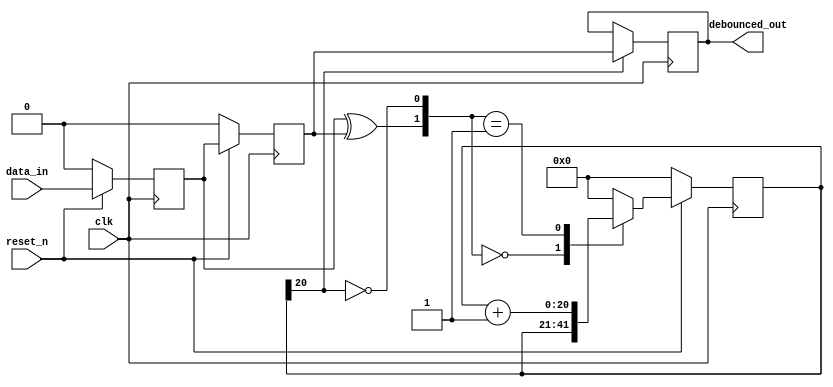
module  debouncer # (
	parameter C_CLK_PERIOD_NS = 10,
	parameter C_DEBOUNCE_TIME_MSEC = 20
	
	) 
	(
	input clk, reset_n, data_in,				// inputs
	output reg 	debounced_out						// output
	);
 
    function integer clogb2;
        input [31:0] value;
        begin
            value = value - 1;
            for (clogb2 = 0; value > 0; clogb2 = clogb2 + 1) begin
                value = value >> 1;
            end
        end
    endfunction    
    
	localparam N = clogb2((C_DEBOUNCE_TIME_MSEC*(10**6))/(C_CLK_PERIOD_NS)); 		
// internal variables 
	reg  [N-1 : 0]	reg_q;						// timing regs
	reg  [N-1 : 0]	next_q;
	reg DFF1, DFF2;								// input flip-flops
	wire add_q;									// control flags
	wire reset_q;

	assign reset_q = (DFF1  ^ DFF2);		    // xor input flip flops to look for level change to reset counter
	assign add_q = ~(reg_q[N-1]);			    // add to counter when reg_q msb is equal to 0
	
//// combo counter to manage next_q	
	always @ (reset_q, add_q, reg_q)
		begin
			case( {reset_q , add_q})
				2'b00 :
						next_q <= reg_q;
				2'b01 :
						next_q <= reg_q + 1;
				default :
						next_q <= { N {1'b0} };
			endcase 	
		end
	
//// Flip flop inputs and reg_q update
	always @ ( posedge clk )
		begin
			if(reset_n ==  1'b0)
				begin
					DFF1 <= 1'b0;
					DFF2 <= 1'b0;
					reg_q <= { N {1'b0} };
				end
			else
				begin
					DFF1 <= data_in;
					DFF2 <= DFF1;
					reg_q <= next_q;
				end
		end
	
//// counter control
	always @ ( posedge clk )
		begin
			if(reg_q[N-1] == 1'b1)
					debounced_out <= DFF2;
			else
					debounced_out <= debounced_out;
		end

endmodule